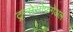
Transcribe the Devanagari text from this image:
ट्रन्सेसोफगेअल